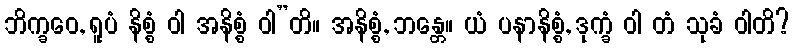
ဘိက္ခဝေ, ရူပံ နိစ္စံ ဝါ အနိစ္စံ ဝါ”တိ။ အနိစ္စံ, ဘန္တေ။ ယံ ပနာနိစ္စံ, ဒုက္ခံ ဝါ တံ သုခံ ဝါတိ?